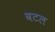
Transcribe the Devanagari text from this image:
वटल